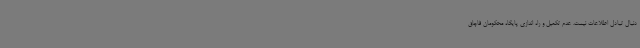
دنبال تبادل اطلاعات نیست. عدم تکمیل و راه اندازی پایگاه محکومان قاچاق